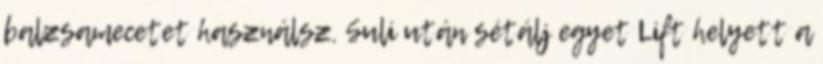
balzsamecetet használsz. Suli után sétálj egyet Lift helyett a